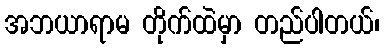
အဘယာရာမ တိုက်ထဲမှာ တည်ပါတယ်၊